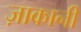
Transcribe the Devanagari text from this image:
ज़ाकानी